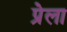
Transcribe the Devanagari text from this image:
प्रेला